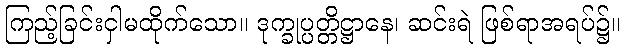
ကြည့်ခြင်းငှါမထိုက်သော။ ဒုက္ခုပ္ပတ္တိဋ္ဌာနေ၊ ဆင်းရဲ ဖြစ်ရာအရပ်၌။